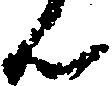
ん